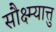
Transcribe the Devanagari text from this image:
सौक्ष्म्यात्तु